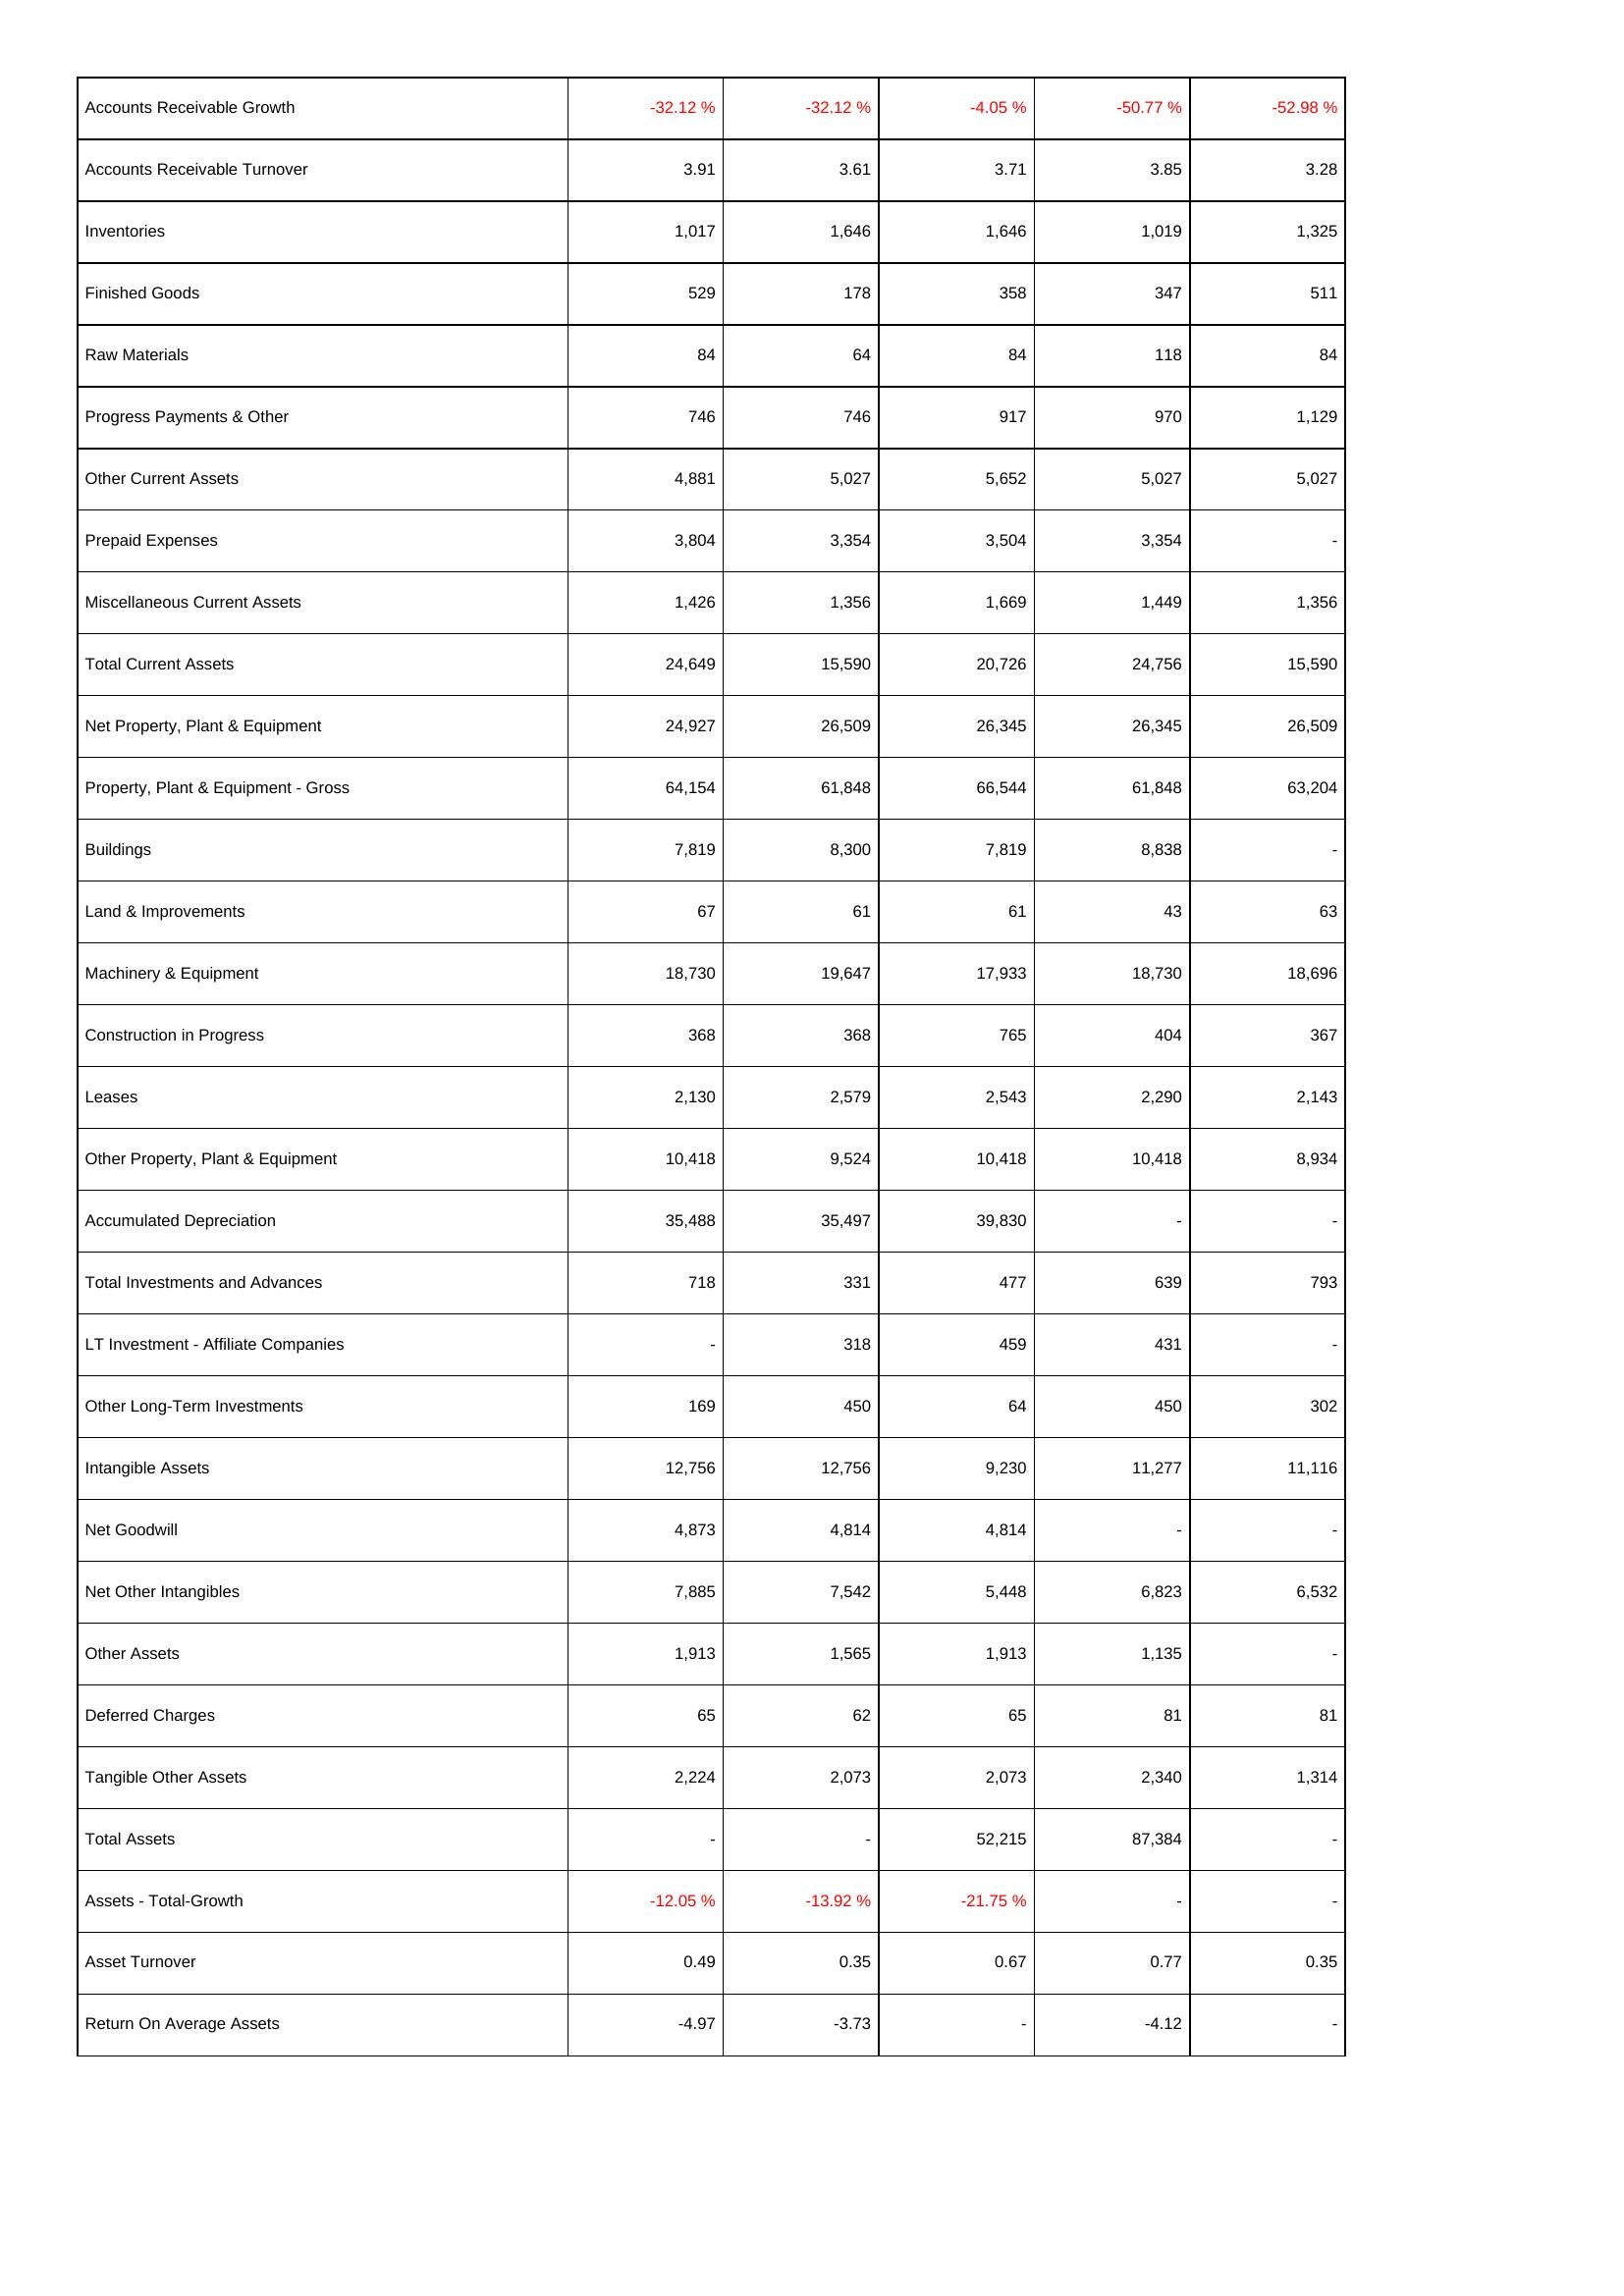
2015: Assets: Accounts Receivable Growth: -32.12 %
Accounts Receivable Turnover: 3.91
Inventories: 1,017
Finished Goods: 529
Raw Materials: 84
Progress Payments & Other: 746
Other Current Assets: 4,881
Prepaid Expenses: 3,804
Miscellaneous Current Assets: 1,426
Total Current Assets: 24,649
Net Property, Plant & Equipment: 24,927
Property, Plant & Equipment - Gross: 64,154
Buildings: 7,819
Land & Improvements: 67
Machinery & Equipment: 18,730
Construction in Progress: 368
Leases: 2,130
Other Property, Plant & Equipment: 10,418
Accumulated Depreciation: 35,488
Total Investments and Advances: 718
LT Investment - Affiliate Companies: -
Other Long-Term Investments: 169
Intangible Assets: 12,756
Net Goodwill: 4,873
Net Other Intangibles: 7,885
Other Assets: 1,913
Deferred Charges: 65
Tangible Other Assets: 2,224
Total Assets: -
Assets - Total-Growth: -12.05 %
Asset Turnover: 0.49
Return On Average Assets: -4.97
2016: Assets: Accounts Receivable Growth: -32.12 %
Accounts Receivable Turnover: 3.61
Inventories: 1,646
Finished Goods: 178
Raw Materials: 64
Progress Payments & Other: 746
Other Current Assets: 5,027
Prepaid Expenses: 3,354
Miscellaneous Current Assets: 1,356
Total Current Assets: 15,590
Net Property, Plant & Equipment: 26,509
Property, Plant & Equipment - Gross: 61,848
Buildings: 8,300
Land & Improvements: 61
Machinery & Equipment: 19,647
Construction in Progress: 368
Leases: 2,579
Other Property, Plant & Equipment: 9,524
Accumulated Depreciation: 35,497
Total Investments and Advances: 331
LT Investment - Affiliate Companies: 318
Other Long-Term Investments: 450
Intangible Assets: 12,756
Net Goodwill: 4,814
Net Other Intangibles: 7,542
Other Assets: 1,565
Deferred Charges: 62
Tangible Other Assets: 2,073
Total Assets: -
Assets - Total-Growth: -13.92 %
Asset Turnover: 0.35
Return On Average Assets: -3.73
2017: Assets: Accounts Receivable Growth: -4.05 %
Accounts Receivable Turnover: 3.71
Inventories: 1,646
Finished Goods: 358
Raw Materials: 84
Progress Payments & Other: 917
Other Current Assets: 5,652
Prepaid Expenses: 3,504
Miscellaneous Current Assets: 1,669
Total Current Assets: 20,726
Net Property, Plant & Equipment: 26,345
Property, Plant & Equipment - Gross: 66,544
Buildings: 7,819
Land & Improvements: 61
Machinery & Equipment: 17,933
Construction in Progress: 765
Leases: 2,543
Other Property, Plant & Equipment: 10,418
Accumulated Depreciation: 39,830
Total Investments and Advances: 477
LT Investment - Affiliate Companies: 459
Other Long-Term Investments: 64
Intangible Assets: 9,230
Net Goodwill: 4,814
Net Other Intangibles: 5,448
Other Assets: 1,913
Deferred Charges: 65
Tangible Other Assets: 2,073
Total Assets: 52,215
Assets - Total-Growth: -21.75 %
Asset Turnover: 0.67
Return On Average Assets: -
2018: Assets: Accounts Receivable Growth: -50.77 %
Accounts Receivable Turnover: 3.85
Inventories: 1,019
Finished Goods: 347
Raw Materials: 118
Progress Payments & Other: 970
Other Current Assets: 5,027
Prepaid Expenses: 3,354
Miscellaneous Current Assets: 1,449
Total Current Assets: 24,756
Net Property, Plant & Equipment: 26,345
Property, Plant & Equipment - Gross: 61,848
Buildings: 8,838
Land & Improvements: 43
Machinery & Equipment: 18,730
Construction in Progress: 404
Leases: 2,290
Other Property, Plant & Equipment: 10,418
Accumulated Depreciation: -
Total Investments and Advances: 639
LT Investment - Affiliate Companies: 431
Other Long-Term Investments: 450
Intangible Assets: 11,277
Net Goodwill: -
Net Other Intangibles: 6,823
Other Assets: 1,135
Deferred Charges: 81
Tangible Other Assets: 2,340
Total Assets: 87,384
Assets - Total-Growth: -
Asset Turnover: 0.77
Return On Average Assets: -4.12
2019: Assets: Accounts Receivable Growth: -52.98 %
Accounts Receivable Turnover: 3.28
Inventories: 1,325
Finished Goods: 511
Raw Materials: 84
Progress Payments & Other: 1,129
Other Current Assets: 5,027
Prepaid Expenses: -
Miscellaneous Current Assets: 1,356
Total Current Assets: 15,590
Net Property, Plant & Equipment: 26,509
Property, Plant & Equipment - Gross: 63,204
Buildings: -
Land & Improvements: 63
Machinery & Equipment: 18,696
Construction in Progress: 367
Leases: 2,143
Other Property, Plant & Equipment: 8,934
Accumulated Depreciation: -
Total Investments and Advances: 793
LT Investment - Affiliate Companies: -
Other Long-Term Investments: 302
Intangible Assets: 11,116
Net Goodwill: -
Net Other Intangibles: 6,532
Other Assets: -
Deferred Charges: 81
Tangible Other Assets: 1,314
Total Assets: -
Assets - Total-Growth: -
Asset Turnover: 0.35
Return On Average Assets: -